Annual administration report of the Civil Veterinary Department, Sind - 1937-1938
Year: 1937
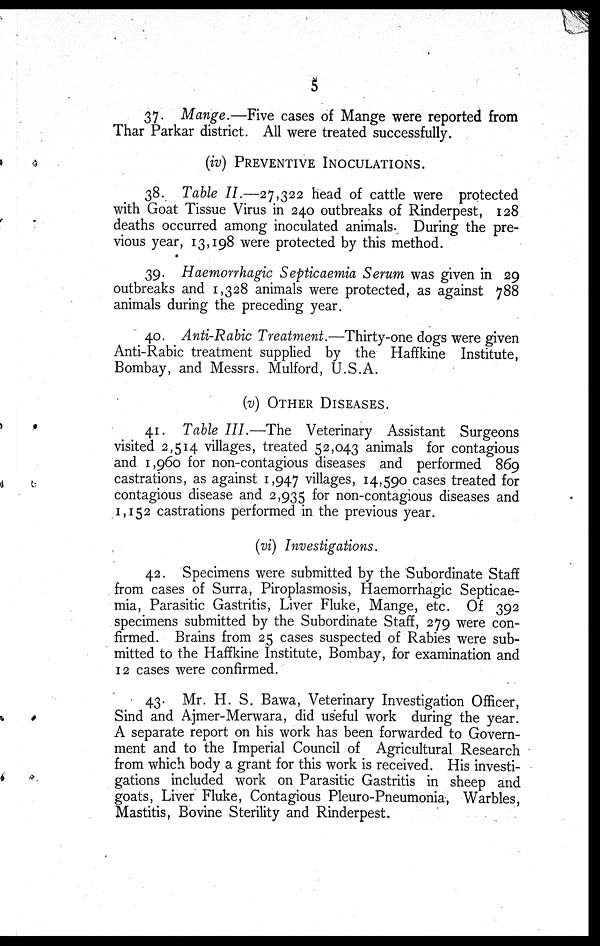
5
37- Mange.—Five cases of Mange were reported from
Thar Parkar district. All were treated successfully.
(iv) PREVENTIVE INOCULATIONS.
38. Table II.—27,322 head of cattle were protected
with Goat Tissue Virus in 240 outbreaks of Rinderpest, 128
deaths occurred among inoculated animals. During the pre-
vious year, 13,198 were protected by this method.
39. Haemorrhagic Septicaemia Serum was given in 29
outbreaks and 1,328 animals were protected, as against 788
animals during the preceding year.
40. Anti-Rabic Treatment.—Thirty-one dogs were given
Anti-Rabic treatment supplied by the Haffkine Institute,
Bombay, and Messrs. Mulford, U.S.A.
(v) OTHER DISEASES.
41. Table III.—The
Veterinary Assistant Surgeons
visited 2,514 villages, treated 52,043 animals for contagious
and 1,960 for non-contagious diseases and performed 869
castrations, as against 1,947 villages, 14,590 cases treated for
contagious disease and 2,935 for non-contagious diseases and
1,152 castrations performed in the previous year.
(vi) Investigations.
42. Specimens were submitted by the Subordinate Staff
from cases of Surra, Piroplasmosis, Haemorrhagic Septicae-
mia, Parasitic Gastritis, Liver Fluke, Mange, etc. Of 392
specimens submitted by the Subordinate Staff, 279 were con-
firmed. Brains from 25 cases suspected of Rabies were sub-
mitted to the Haffkine Institute, Bombay, for examination and
12 cases were confirmed.
43. Mr. H. S. Bawa, Veterinary Investigation Officer,
Sind and Ajmer-Merwara, did useful work during the year.
A separate report on his work has been forwarded to Govern-
ment and to the Imperial Council of Agricultural Research
from which body a grant for this work is received. His investi-
gations included work on Parasitic Gastritis in sheep and
goats, Liver Fluke, Contagious Pleuro-Pneumonia, Warbles,
Mastitis, Bovine Sterility and Rinderpest.